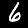
Digit: 6